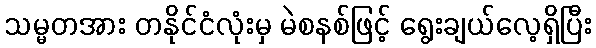
သမ္မတအား တနိုင်ငံလုံးမှ မဲစနစ်ဖြင့် ရွေးချယ်လေ့ရှိပြီး